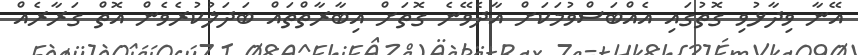
އޭނާ ވިދާޅުވި ގޮތުގައި އެއްބަސްވުމަކަށް އާދެވޭނެ ގޮތަށް އިބާރާތްތައް ބަދަލުކުރެވެން އޮތް ގަރާރެއް